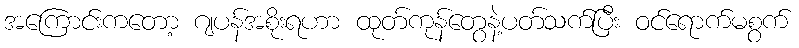
အကြောင်းကတော့ ဂျပန်အစိုးရဟာ ထုတ်ကုန်တွေနဲ့ပတ်သက်ပြီး ဝင်ရောက်မစွက်